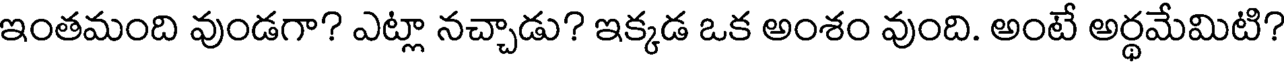
ఇంతమంది వుండగా? ఎట్లా నచ్చాడు? ఇక్కడ ఒక అంశం వుంది. అంటే అర్థమేమిటి?